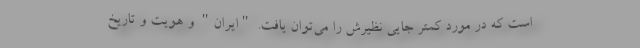
است که در مورد کمتر جایی نظیرش را می‌توان یافت. "ایران" و هویت و تاریخ